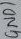
Text: GND1